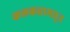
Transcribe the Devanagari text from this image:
कलकत्तामधून